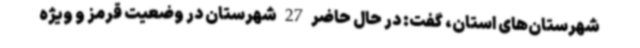
شهرستان‌های استان، گفت: در حال حاضر 27 شهرستان در وضعیت قرمز و ویژه